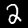
Digit: 2